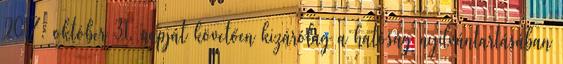
2017. október 31. napját követően kizárólag a hatóság nyilvántartásában